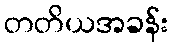
တတိယအခန်း